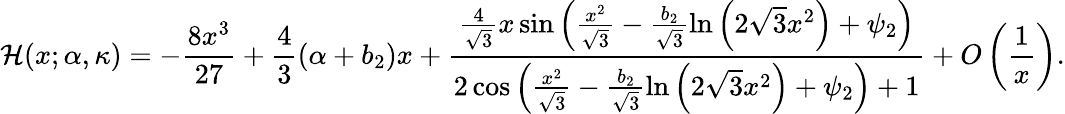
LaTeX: \mathcal{H}(x;\alpha,\kappa)=-\frac{8x^{3}}{27}+\frac{4}{3}(\alpha+b_{2})x+\frac{\frac{4}{\sqrt{3}}x\sin\left(\frac{x^{2}}{\sqrt{3}}-\frac{b_{2}}{\sqrt{3}}\ln\left(2\sqrt{3}x^{2}\right)+\psi_{2}\right)}{2\cos\left(\frac{x^{2}}{\sqrt{3}}-\frac{b_{2}}{\sqrt{3}}\ln\left(2\sqrt{3}x^{2}\right)+\psi_{2}\right)+1}+O\left(\frac{1}{x}\right).